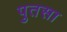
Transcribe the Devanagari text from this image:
पुतसा